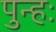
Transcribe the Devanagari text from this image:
पुन्हः